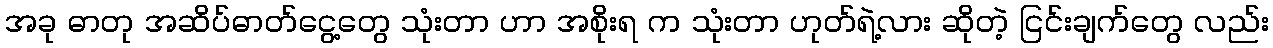
အခု ဓာတု အဆိပ်ဓာတ်ငွေ့တွေ သုံးတာ ဟာ အစိုးရ က သုံးတာ ဟုတ်ရဲ့လား ဆိုတဲ့ ငြင်းချက်တွေ လည်း